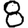
Digit: 8